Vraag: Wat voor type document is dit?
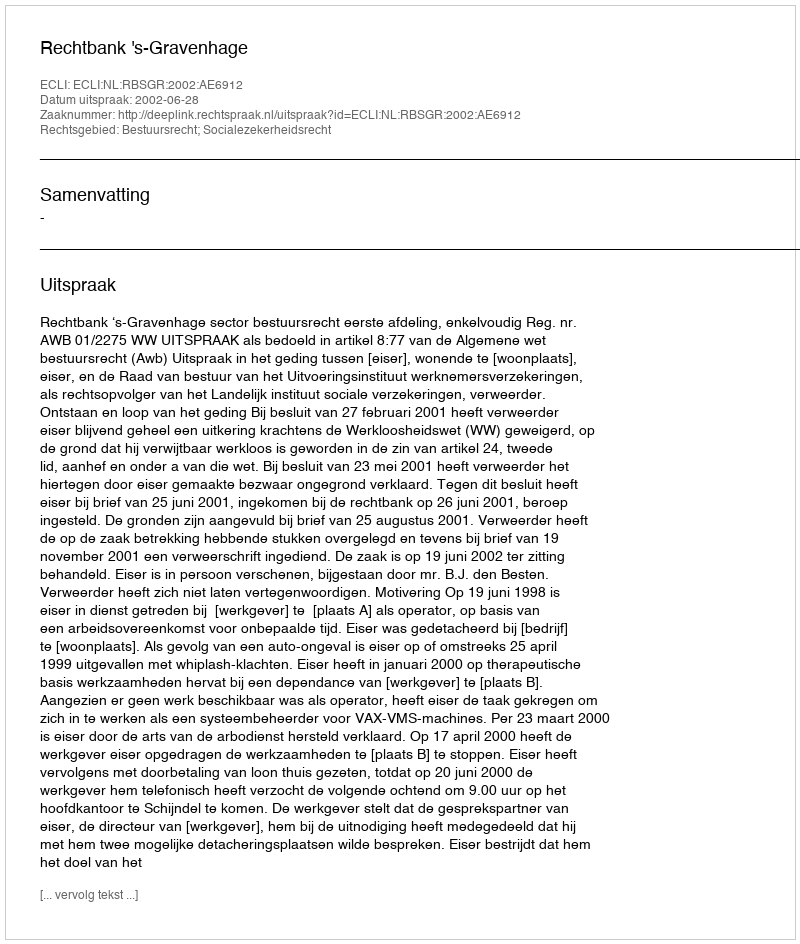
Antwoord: Uitspraak